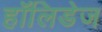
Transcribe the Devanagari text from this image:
हॉलिडेज